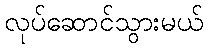
လုပ်ဆောင်သွားမယ်